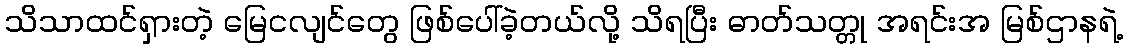
သိသာထင်ရှားတဲ့ မြေငလျင်တွေ ဖြစ်ပေါ်ခဲ့တယ်လို့ သိရပြီး ဓာတ်သတ္တု အရင်းအ မြစ်ဌာနရဲ့